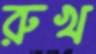
রুখ